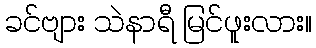
ခင်ဗျား သဲနာရီ မြင်ဖူးလား။